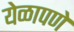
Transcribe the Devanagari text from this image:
येळापणे